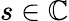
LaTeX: s\in\mathbb{C}